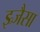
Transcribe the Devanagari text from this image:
झ्र्जैसा